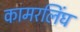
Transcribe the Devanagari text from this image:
कामरलिंघ